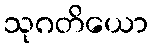
သုဂတိယော